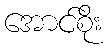
အောင်စိုး